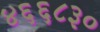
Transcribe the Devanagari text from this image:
४६६८३०